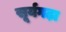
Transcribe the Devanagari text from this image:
सूर्यगढ़ा